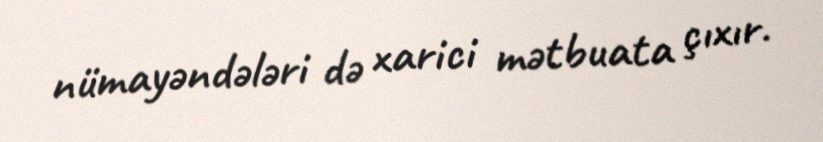
nümayəndələri də xarici mətbuata çıxır.